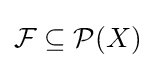
{\mathcal {F}}\subseteq {\mathcal {P}}(X)